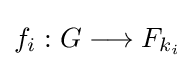
{\textstyle f_{i}:G\longrightarrow F_{k_{i}}}